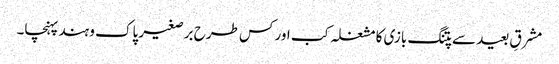
مشرقِ بعید سے پتنگ بازی کا مشغلہ کب اور کس طرح برصغیر پاک و ہند پہنچا۔